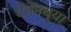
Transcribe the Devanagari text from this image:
येमेनच्या